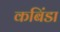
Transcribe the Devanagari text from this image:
कबिंडा